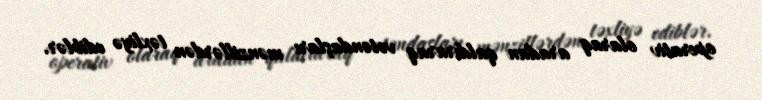
operativ olaraq aradan qaldıraraq vətəndaşları mənzillərdən təxliyə ediblər.